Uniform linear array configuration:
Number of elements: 16
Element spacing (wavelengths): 1
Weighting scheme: blackman
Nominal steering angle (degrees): -30
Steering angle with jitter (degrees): -29.071
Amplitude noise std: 0.05
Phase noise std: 0.05

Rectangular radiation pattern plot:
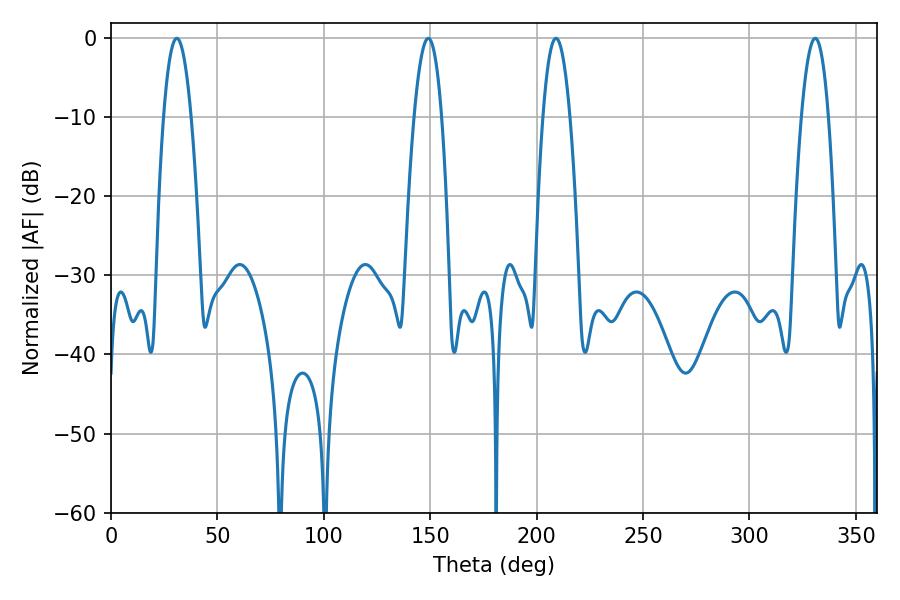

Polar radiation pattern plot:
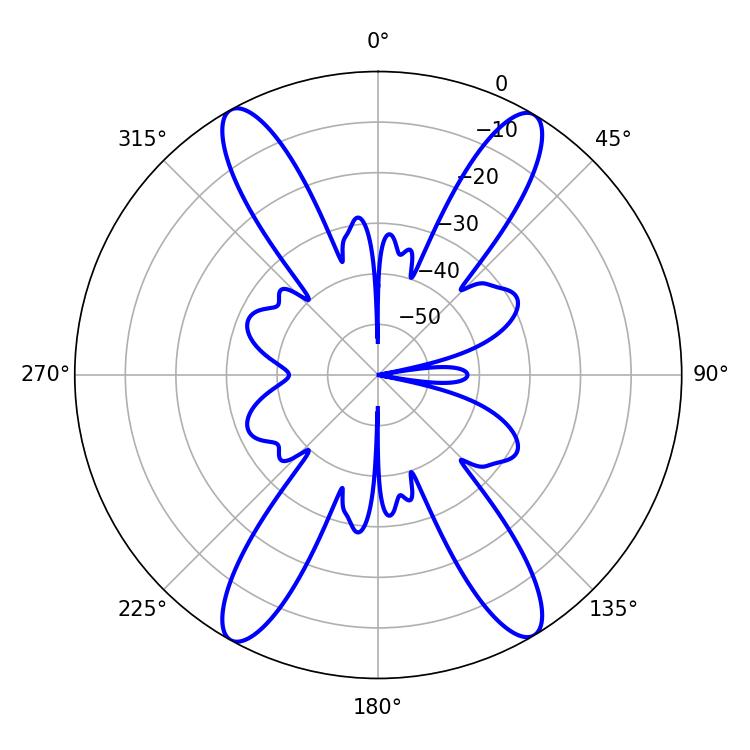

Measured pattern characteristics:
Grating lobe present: TRUE
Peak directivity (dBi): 22.958
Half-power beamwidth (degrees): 7.2
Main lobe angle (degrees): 30.96